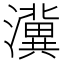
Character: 𱩿